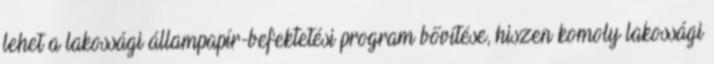
lehet a lakossági állampapír-befektetési program bővítése, hiszen komoly lakossági